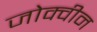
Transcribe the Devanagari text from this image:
जोक्वीन